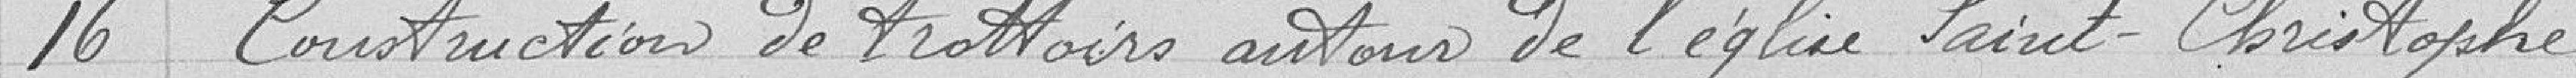
16 Construction de trottoirs autour de l'église Saint-Christophe